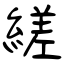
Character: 縒